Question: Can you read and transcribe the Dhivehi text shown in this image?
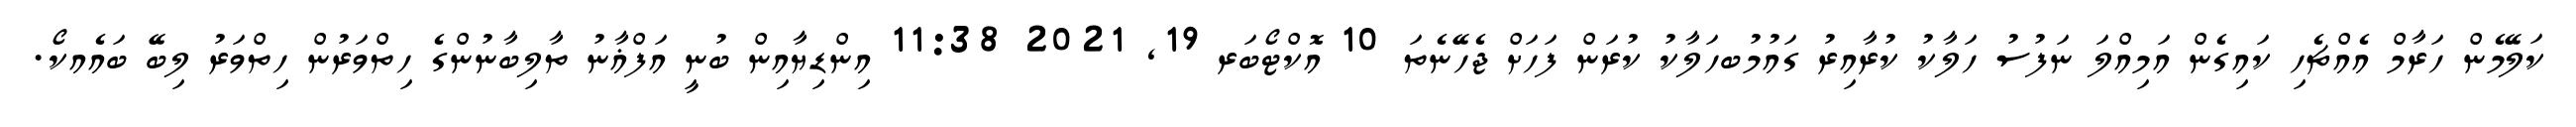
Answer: ކަލޭމެން ހަރާމް އެއްޗެހި ކައިގެން އަމިއްލަ ނަފުސު ހަލާކު ކުރާއިރު ގައުމުބހަލާކު ކުރަން ފަހަށް ޖެހޭނެތަ 10 އޮކްޓޯބަރ 19, 2021 11:38 އިންޑިޔާއިން ބުނީ އަފްޣާނު ތާލިބާނުންގެ ހިތްވަރުން ހިތްވަރު ލިބޭ ބައެއކޯ.